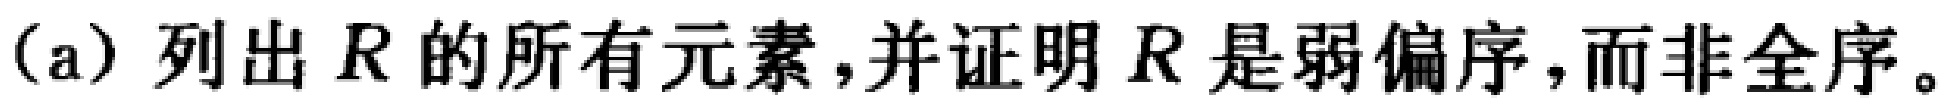
(a) 列出 \(R\) 的所有元素,并证明 \(R\) 是弱偏序,而非全序。